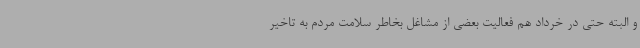
و البته حتی در خرداد هم فعالیت بعضی از مشاغل بخاطر سلامت مردم به تاخیر